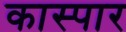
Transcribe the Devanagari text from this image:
कास्पार